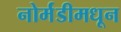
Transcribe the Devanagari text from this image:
नोर्मंडीमधून